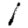
Digit: 1